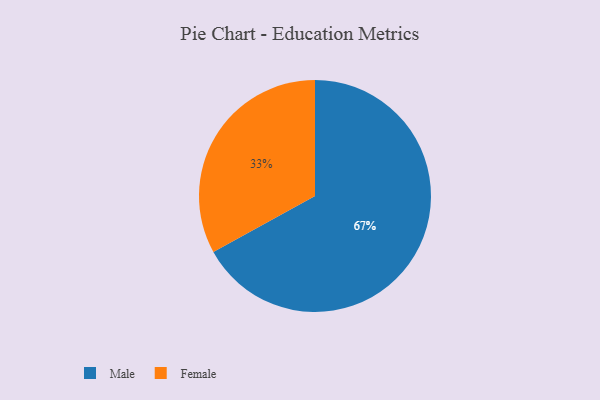
{"axis": {"x": "Category", "y": "Percentage"}, "legend": ["Female", "Male"], "data": [{"x": "Female", "y": 33, "type": "Female"}, {"x": "Male", "y": 67, "type": "Male"}]}